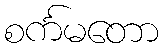
စင်္ကမတော